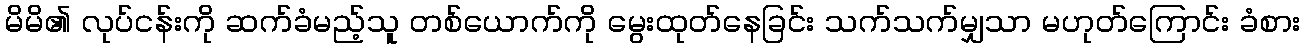
မိမိ၏ လုပ်ငန်းကို ဆက်ခံမည့်သူ တစ်ယောက်ကို မွေးထုတ်နေခြင်း သက်သက်မျှသာ မဟုတ်ကြောင်း ခံစား